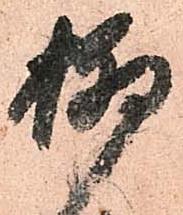
柳